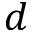
d